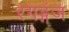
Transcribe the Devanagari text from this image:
रगड्गंज